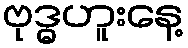
ဗုဒ္ဓဟူးနေ့